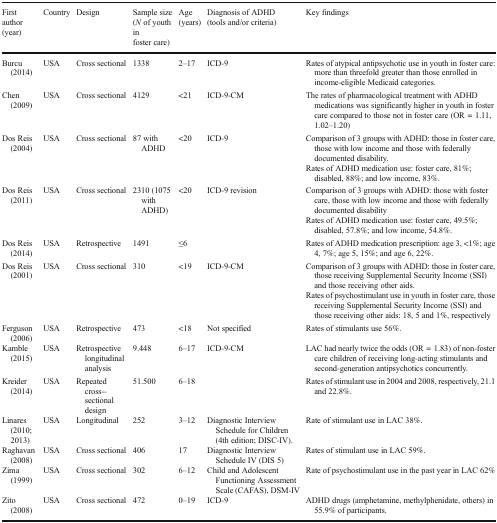
<table><thead><tr><td><b>First author (year)</b></td><td><b>Country</b></td><td><b>Design</b></td><td><b>Sample size (<i>N</i> of youth in foster care)</b></td><td><b>Age (years)</b></td><td><b>Diagnosis of ADHD (tools and/or criteria)</b></td><td><b>Key findings</b></td></tr></thead><tbody><tr><td>Burcu (2014)</td><td>USA</td><td>Cross sectional</td><td>1338</td><td>2–17</td><td>ICD-9</td><td>Rates of atypical antipsychotic use in youth in foster care: more than threefold greater than those enrolled in income-eligible Medicaid categories.</td></tr><tr><td>Chen (2009)</td><td>USA</td><td>Cross sectional</td><td>4129</td><td>&lt;21</td><td>ICD-9-CM</td><td>The rates of pharmacological treatment with ADHD medications was significantly higher in youth in foster care compared to those not in foster care (OR = 1.11, 1.02–1.20)</td></tr><tr><td>Dos Reis (2004)</td><td>USA</td><td>Cross sectional</td><td>87 with ADHD</td><td>&lt;20</td><td>ICD-9</td><td>Comparison of 3 groups with ADHD: those in foster care, those with low income and those with federally documented disability.Rates of ADHD medication use: foster care, 81%; disabled, 88%; and low income, 83%.</td></tr><tr><td>Dos Reis (2011)</td><td>USA</td><td>Cross sectional</td><td>2310 (1075 with ADHD)</td><td>&lt;20</td><td>ICD-9 revision</td><td>Comparison of 3 groups with ADHD: those with foster care, those with low income and those with federally documented disabilityRates of ADHD medication use: foster care, 49.5%; disabled, 57.8%; and low income, 54.8%.</td></tr><tr><td>Dos Reis (2014)</td><td>USA</td><td>Retrospective</td><td>1491</td><td>≤6</td><td></td><td>Rates of ADHD medication prescription: age 3, &lt;1%; age 4, 7%; age 5, 15%; and age 6, 22%.</td></tr><tr><td>Dos Reis (2001)</td><td>USA</td><td>Cross sectional</td><td>310</td><td>&lt;19</td><td>ICD-9-CM</td><td>Comparison of 3 groups with ADHD: those in foster care, those receiving Supplemental Security Income (SSI) and those receiving other aids.Rates of psychostimulant use in youth in foster care, those receiving Supplemental Security Income (SSI) and those receiving other aids: 18, 5 and 1%, respectively</td></tr><tr><td>Ferguson (2006)</td><td>USA</td><td>Retrospective</td><td>473</td><td>&lt;18</td><td>Not specified</td><td>Rates of stimulants use 56%.</td></tr><tr><td>Kamble (2015)</td><td>USA</td><td>Retrospective longitudinal analysis</td><td>9.448</td><td>6–17</td><td>ICD-9-CM</td><td>LAC had nearly twice the odds (OR = 1.83) of non-foster care children of receiving long-acting stimulants and second-generation antipsychotics concurrently.</td></tr><tr><td>Kreider (2014)</td><td>USA</td><td>Repeated cross-sectional design</td><td>51.500</td><td>6–18</td><td></td><td>Rates of stimulant use in 2004 and 2008, respectively, 21.1 and 22.8%.</td></tr><tr><td>Linares (2010; 2013)</td><td>USA</td><td>Longitudinal</td><td>252</td><td>3–12</td><td>Diagnostic Interview Schedule for Children (4th edition; DISC-IV).</td><td>Rate of stimulant use in LAC 38%.</td></tr><tr><td>Raghavan (2008)</td><td>USA</td><td>Cross sectional</td><td>406</td><td>17</td><td>Diagnostic Interview Schedule IV (DIS 5)</td><td>Rates of stimulant use in LAC 59%.</td></tr><tr><td>Zima (1999)</td><td>USA</td><td>Cross sectional</td><td>302</td><td>6–12</td><td>Child and Adolescent Functioning Assessment Scale (CAFAS), DSM-IV</td><td>Rate of psychostimulant use in the past year in LAC 62%</td></tr><tr><td>Zito (2008)</td><td>USA</td><td>Cross sectional</td><td>472</td><td>0–19</td><td>ICD-9</td><td>ADHD drugs (amphetamine, methylphenidate, others) in 55.9% of participants.</td></tr></tbody></table>